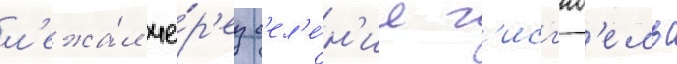
л'ежа́л че́р'ез с'ел'е́н'ие г'исг'юб'ель